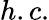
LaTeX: h.c.